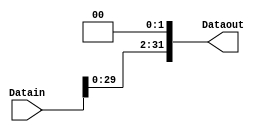
`timescale 1ns / 1ps
//////////////////////////////////////////////////////////////////////////////////
// Company: 
// Engineer: 
// 
// Design Name: 
// Module Name:    LeftShift2 
// Project Name: 
// Target Devices: 
// Tool versions: 
// Description: 
//
// Dependencies: 
//
// Revision: 
// Revision 0.01 - File Created
// Additional Comments: 
//
//////////////////////////////////////////////////////////////////////////////////
module LeftShift2(
input [31:0]Datain,
output [31:0]Dataout
    );
assign Dataout[31:2]=Datain[29:0];
assign Dataout[1:0]=0;

endmodule